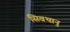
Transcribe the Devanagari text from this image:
सिवथानु